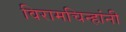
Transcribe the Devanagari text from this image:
विरामचिन्हांनी